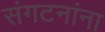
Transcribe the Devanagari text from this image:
संगटनांना